Indian Civil Veterinary Department memoirs
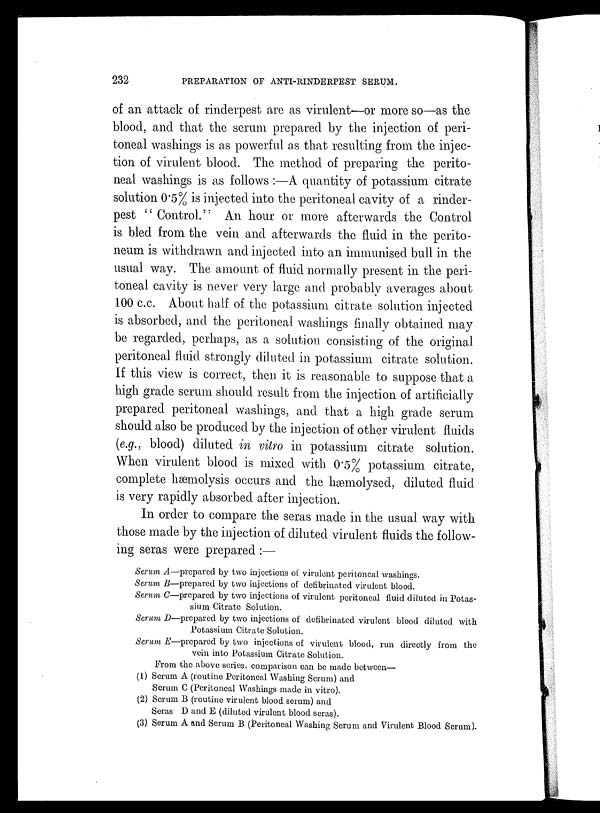
232
PREPARATION OF ANTI-RINDERPEST SERUM.
of an attack of rinderpest are as virulent—or more so—as the
blood, and that the serum prepared by the injection of peri-
toneal washings is as powerful as that resulting from the injec-
tion of virulent blood. The method of preparing the perito-
neal washings is as follows :—A quantity of potassium citrate
solution 0.5% is injected into the peritoneal cavity of a rinder-
pest " Control." An hour or more afterwards the Control
is bled from the vein and afterwards the fluid in the perito-
neum is withdrawn and injected into an immunised bull in the
usual way. The amount of fluid normally present in the peri-
toneal cavity is never very large and probably averages about
100 c.c. About half of the potassium citrate solution injected
is absorbed, and the peritoneal washings finally obtained may
be regarded, perhaps, as a solution consisting of the original
peritoneal fluid strongly diluted in potassium citrate solution.
If this view is correct, then it is reasonable to suppose that a
high grade serum should result from the injection of artificially
prepared peritoneal washings, and that a high grade serum
should also be produced by the injection of other virulent fluids
(e.g., blood) diluted in vitro in potassium citrate solution.
When virulent blood is mixed with 0.5% potassium citrate,
complete hæmolysis occurs and the hæmolysed, diluted fluid
is very rapidly absorbed after injection.
In order to compare the seras made in the usual way with
those made by the injection of diluted virulent fluids the follow-
ing seras were prepared :—
Serum A—prepared by two injections of virulent peritoneal washings.
Serum B—prepared by two injections of defibrinated virulent blood.
Serum C—prepared by two injections of virulent peritoneal fluid diluted in Potas-
sium Citrate Solution.
Scrum D—prepared by two injections of defibrinated virulent blood diluted with
Potassium Citrate Solution.
Serum E—prepared by two injections of virulent blood, run directly from the
vein into Potassium Citrate Solution.
From the above series, comparison can be made between—
(1) Serum A (routine Peritoneal Washing Serum) and
Serum C (Peritoneal Washings made in vitro).
(2) Scrum B (routine virulent blood serum) and
Seras D and E (diluted virulent blood seras).
(3) Serum A and Serum B (Peritoneal Washing Serum and Virulent Blood Serum).